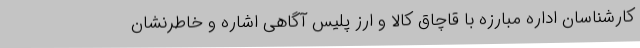
کارشناسان اداره مبارزه با قاچاق کالا و ارز پلیس آگاهی اشاره و خاطرنشان